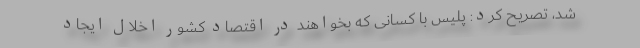
شد، تصریح کرد: پلیس با کسانی که بخواهند در اقتصاد کشور اخلال ایجاد